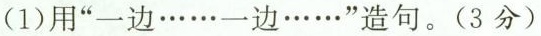
(1)用“一边… …一边… …”造句。(3分)